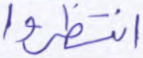
انتظروا